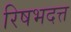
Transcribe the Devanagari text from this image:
रिषभदत्त